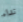
نداء